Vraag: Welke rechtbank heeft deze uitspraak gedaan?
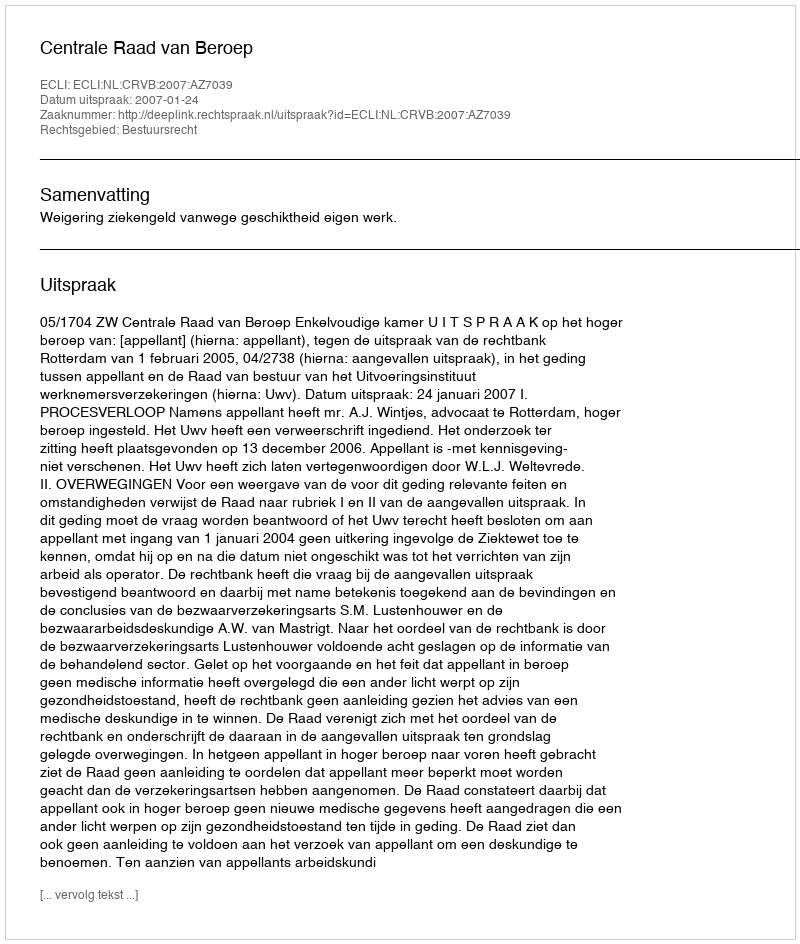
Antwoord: Centrale Raad van Beroep